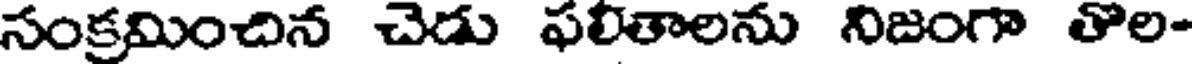
సంక్రమించిన చెడు ఫలితాలను నిజంగా తొల-